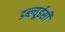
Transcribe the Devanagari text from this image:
डब्ल्यूईसी